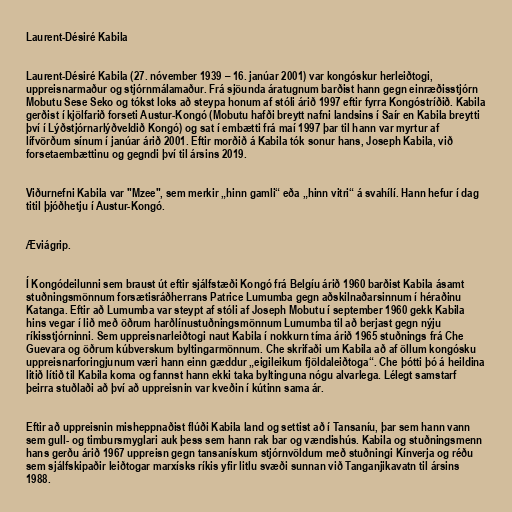
Laurent-Désiré Kabila

Laurent-Désiré Kabila (27. nóvember 1939 – 16. janúar 2001) var kongóskur herleiðtogi,
uppreisnarmaður og stjórnmálamaður. Frá sjöunda áratugnum barðist hann gegn einræðisstjórn
Mobutu Sese Seko og tókst loks að steypa honum af stóli árið 1997 eftir fyrra Kongóstríðið. Kabila
gerðist í kjölfarið forseti Austur-Kongó (Mobutu hafði breytt nafni landsins í Saír en Kabila breytti
því í Lýðstjórnarlýðveldið Kongó) og sat í embætti frá maí 1997 þar til hann var myrtur af
lífvörðum sínum í janúar árið 2001. Eftir morðið á Kabila tók sonur hans, Joseph Kabila, við
forsetaembættinu og gegndi því til ársins 2019.

Viðurnefni Kabila var "Mzee", sem merkir „hinn gamli“ eða „hinn vitri“ á svahílí. Hann hefur í dag
titil þjóðhetju í Austur-Kongó.

Æviágrip.

Í Kongódeilunni sem braust út eftir sjálfstæði Kongó frá Belgíu árið 1960 barðist Kabila ásamt
stuðningsmönnum forsætisráðherrans Patrice Lumumba gegn aðskilnaðarsinnum í héraðinu
Katanga. Eftir að Lumumba var steypt af stóli af Joseph Mobutu í september 1960 gekk Kabila
hins vegar í lið með öðrum harðlínustuðningsmönnum Lumumba til að berjast gegn nýju
ríkisstjórninni. Sem uppreisnarleiðtogi naut Kabila í nokkurn tíma árið 1965 stuðnings frá Che
Guevara og öðrum kúbverskum byltingarmönnum. Che skrifaði um Kabila að af öllum kongósku
uppreisnarforingjunum væri hann einn gæddur „eigileikum fjöldaleiðtoga“. Che þótti þó á heildina
litið lítið til Kabila koma og fannst hann ekki taka byltinguna nógu alvarlega. Lélegt samstarf
þeirra stuðlaði að því að uppreisnin var kveðin í kútinn sama ár.

Eftir að uppreisnin misheppnaðist flúði Kabila land og settist að í Tansaníu, þar sem hann vann
sem gull- og timbursmyglari auk þess sem hann rak bar og vændishús. Kabila og stuðningsmenn
hans gerðu árið 1967 uppreisn gegn tansanískum stjórnvöldum með stuðningi Kínverja og réðu
sem sjálfskipaðir leiðtogar marxísks ríkis yfir litlu svæði sunnan við Tanganjikavatn til ársins
1988.